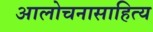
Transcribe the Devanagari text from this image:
आलोचनासाहित्य